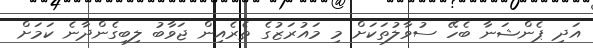
އަދި ޕެންޝަނާ ބެހޭ ސުވާލުތަކަށް މި މައުރަޒުގެ ތެރެއިން ޖަވާބު ލިބިގެންދާނެ ކަމަށް